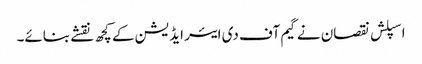
اسپلش نقصان نے گیم آف دی ایئر ایڈیشن کے کچھ نقشے بنائے۔